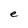
Character: e